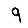
Digit: 9